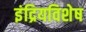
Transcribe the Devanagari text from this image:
इंद्रियविशेष